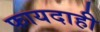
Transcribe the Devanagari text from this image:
फायदाही